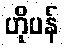
ဟိုပန်